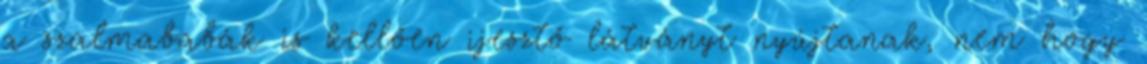
a szalmababák is kellően ijesztő látványt nyújtanak, nem hogy